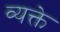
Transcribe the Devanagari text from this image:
व्यक्ते